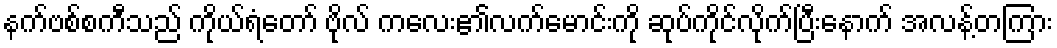
နက်ဗစ်စကီသည် ကိုယ်ရံတော် ဗိုလ် ကလေး၏လက်မောင်းကို ဆုပ်ကိုင်လိုက်ပြီးနောက် အလန့်တကြား